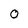
Character: 0